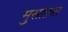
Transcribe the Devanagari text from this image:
मुसाफ़त